Leaving Certificate Examination (including Day School Certificate (Higher) General paper), 1931
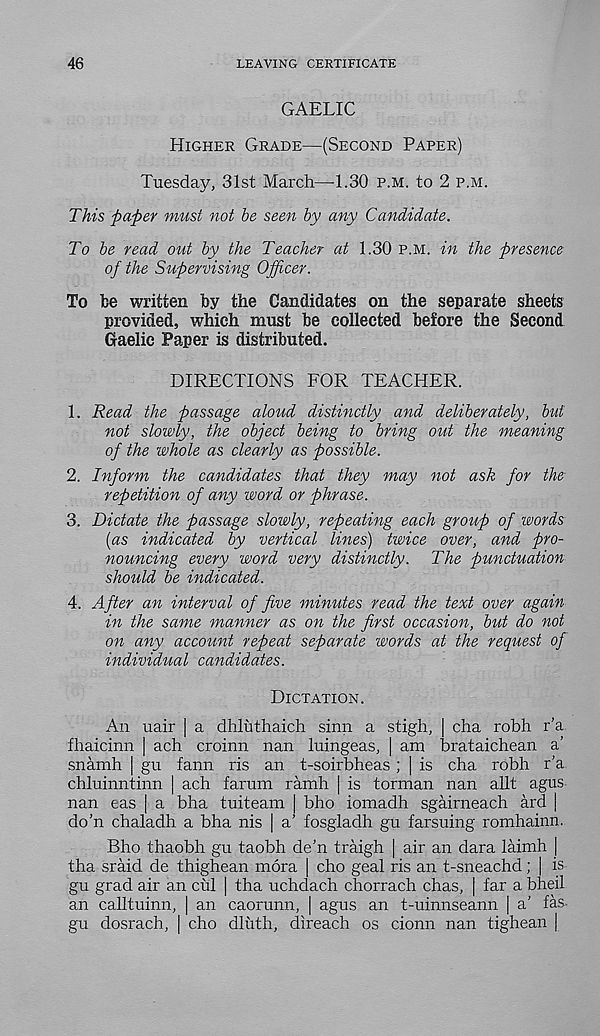
46
LEAVING CERTIFICATE
GAELIC
Higher Grade—(Second Paper)
Tuesday, 31st March—1.30 p.m. to 2 p.m.
This paper must not be seen by any Candidate.
To be read out by the Teacher at 1.30 p.m. in the presence
of the Supervising Officer.
To be written by the Candidates on the separate sheets
provided, which must be collected before the Second
Gaelic Paper is distributed.
DIRECTIONS FOR TEACHER.
1. Read the passage aloud distinctly and deliberately, but
not slowly, the object being to bring out the meaning
of the whole as clearly as possible.
2. Inform the candidates that they may not ask for the
repetition of any word or phrase.
3. Dictate the passage slowly, repeating each group of words
[as indicated by vertical lines) twice over, and pro-
nouncing every word very distinctly. The punctuation
should be indicated.
4. After an interval of five minutes read the text over again
in the same manner as on the first occasion, but do not
on any account repeat separate words at the request of
individual candidates.
Dictation.
An uair | a dhluthaich sinn a stigh, | cha robh r’a
fhaicinn | ach croinn nan luingeas, | am brataichean a’
snamh | gu fann ris an t-soirbheas ; | is cha robh r'a
chluinntinn | ach farum ramh | is torman nan allt agus
nan eas | a bha tuiteam | bho iomadh sgairneach ard |
do’n chaladh a bha nis | a’ fosgladh gu farsuing romhainn.
Bho thaobh gu taobh de'n traigh | air an dara laimh |
tha sraid de thighean mora | cho geal ris an t-sneachd; | is-
gu grad air an cul | tha uchdach chorrach chas, | far a bheil
an calltuinn, | an caorunn, | agus an t-uinnseann | a’ fas
gu dosrach, | cho dltith, direach os cionn nan tighean |